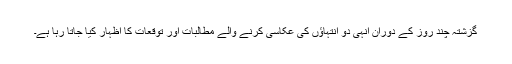
گزشتہ چند روز کے دوران اِنہی دو انتہاؤں کی عکاسی کرنے والے مطالبات اور توقعات کا اظہار کیا جاتا رہا ہے۔